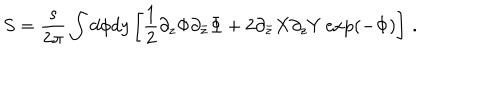
S = \frac { s } { 2 \pi } \int d \phi d y \left[ \frac 1 2 \partial _ { z } \Phi \partial _ { \bar { z } } \Phi + 2 \partial _ { \bar { z } } X \partial _ { z } Y \exp ( - \Phi ) \right] \, .